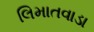
લિમાતવાડા